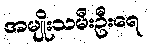
အမျိုးသမီးဦးရေ